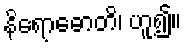
နိရောဓောတိ၊ ဟူ၍။